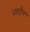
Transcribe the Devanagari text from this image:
क्लोग